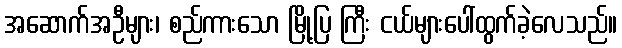
အဆောက်အဦများ၊ စည်ကားသော မြို့ပြ ကြီး ငယ်များပေါ်ထွက်ခဲ့လေသည်။